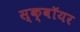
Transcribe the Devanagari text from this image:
स्क्वॉयर